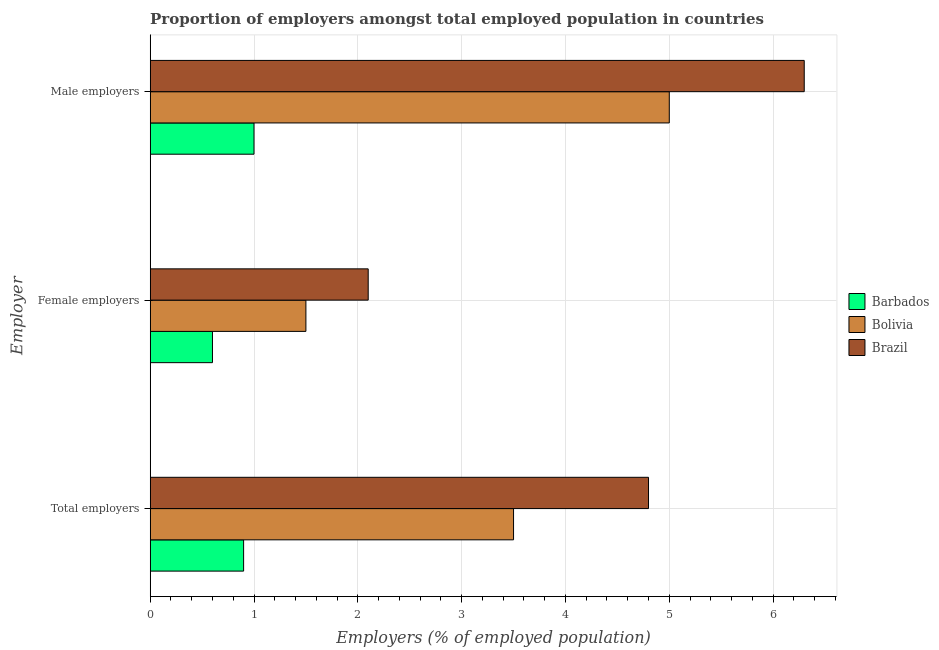
| Employer | Barbados | Bolivia | Brazil |
 | --- | --- | --- | --- |
 | Total employers | 0.9 | 3.5 | 4.8 |
 | Female employers | 0.6 | 1.5 | 2.1 |
 | Male employers | 1 | 5 | 6.3 |